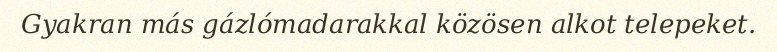
Gyakran más gázlómadarakkal közösen alkot telepeket.